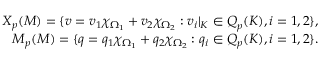
\begin{array} { r l r } & { } & { { \boldsymbol { X } } _ { p } ( { \cal M } ) = \{ \boldsymbol { v } = \boldsymbol { v } _ { 1 } \chi _ { \Omega _ { 1 } } + \boldsymbol { v } _ { 2 } \chi _ { \Omega _ { 2 } } : \boldsymbol { v } _ { i } | _ { K } \in { \boldsymbol { Q } } _ { p } ( K ) , i = 1 , 2 \} , } \\ & { } & { M _ { p } ( { \cal M } ) = \{ q = q _ { 1 } \chi _ { \Omega _ { 1 } } + q _ { 2 } \chi _ { \Omega _ { 2 } } : q _ { i } \in Q _ { p } ( K ) , i = 1 , 2 \} . } \end{array}